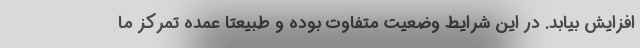
افزایش بیابد. در این شرایط وضعیت متفاوت بوده و طبیعتا عمده تمرکز ما